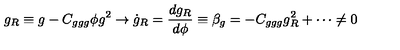
g _ { R } \equiv g - C _ { g g g } \phi g ^ { 2 } \to \dot { g } _ { R } = { \frac { d g _ { R } } { d \phi } } \equiv \beta _ { g } = - C _ { g g g } g _ { R } ^ { 2 } + \cdots \not = 0